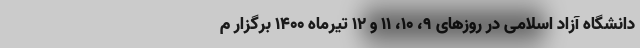
دانشگاه آزاد اسلامی در روزهای ۹، ۱۰، ۱۱ و ۱۲ تیرماه ۱۴۰۰ برگزار م